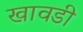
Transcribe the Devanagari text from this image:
खावडी